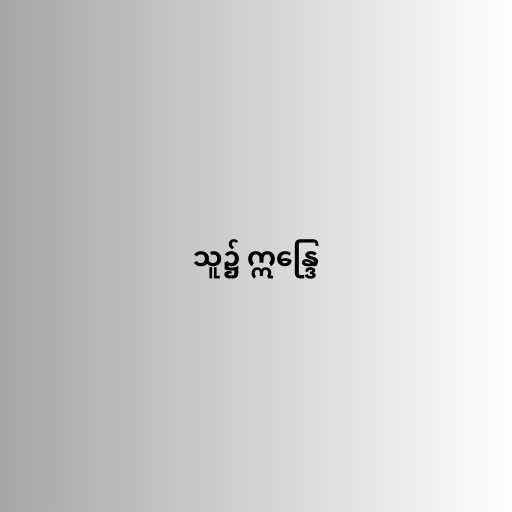
သူ၌ ဣန္ဒြေ